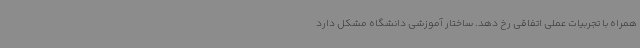
همراه با تجربیات عملی اتفاقی رخ دهد. ساختار آموزشی دانشگاه مشکل دارد